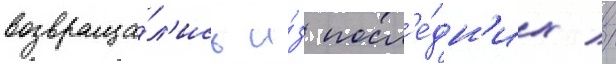
возвраща́л'ись и́з посл'е́дн'их //